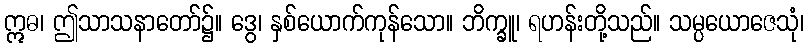
ဣဓ၊ ဤသာသနာတော်၌။ ဒွေ၊ နှစ်ယောက်ကုန်သော။ ဘိက္ခူ၊ ရဟန်းတို့သည်။ သမ္ပယောဇေသုံ၊